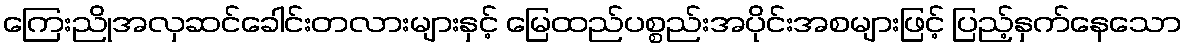
ကြေးညိုအလှဆင်ခေါင်းတလားများနှင့် မြေထည်ပစ္စည်းအပိုင်းအစများဖြင့် ပြည့်နှက်နေသော